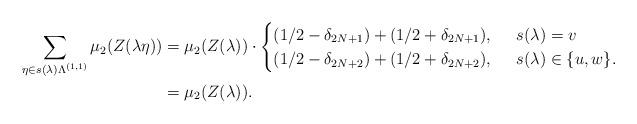
LaTeX: \begin{align*}\sum_{\eta \in s(\lambda) \Lambda^{(1,1)}} \mu_2(Z(\lambda \eta)) &= \mu_2(Z(\lambda)) \cdot \begin{cases} (1/2 - \delta_{2N+1}) + (1/2 + \delta_{2N+1}), & \;\; s(\lambda) = v \\(1/2 - \delta_{2N+2}) + (1/2 + \delta_{2N +2}), &\;\; s(\lambda) \in \{ u, w\}.\end{cases} \\&= \mu_2(Z(\lambda)).\end{align*}